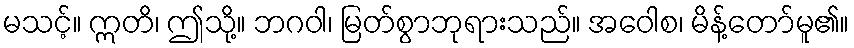
မသင့်။ ဣတိ၊ ဤသို့။ ဘဂဝါ၊ မြတ်စွာဘုရားသည်။ အဝေါစ၊ မိန့်တော်မူ၏။